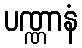
ပဏ္ဏာနံ